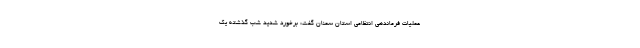
عملیات فرماندهی انتظامی استان سمنان گفت: برخورد شدید شب گذشته یک